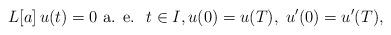
LaTeX: \begin{align*} L[a]\,u(t)=0\mbox{ a. e. }\; t\in I,u(0)=u(T),\; u'(0)=u'(T),\end{align*}